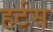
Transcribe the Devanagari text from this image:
हर्टस